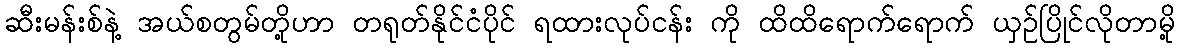
ဆီးမန်းစ်နဲ့ အယ်စတွမ်တို့ဟာ တရုတ်နိုင်ငံပိုင် ရထားလုပ်ငန်း ကို ထိထိရောက်ရောက် ယှဉ်ပြိုင်လိုတာမို့